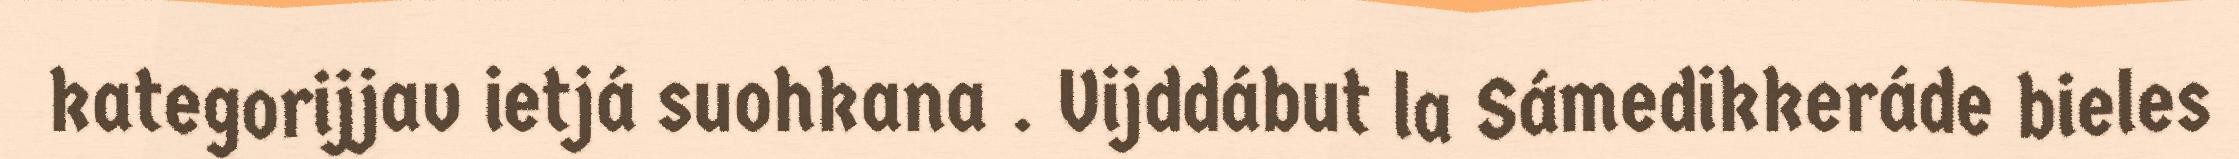
kategorijjav ietjá suohkana . Vijddábut la Sámedikkeráde bieles